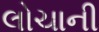
લોચાની